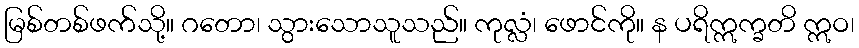
မြစ်တစ်ဖက်သို့။ ဂတော၊ သွားသောသူသည်။ ကုလ္လံ၊ ဖောင်ကို။ န ပရိဣက္ခတိ ဣဝ၊